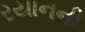
રયાનની